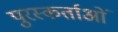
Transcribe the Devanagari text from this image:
पुरस्कर्ताओं